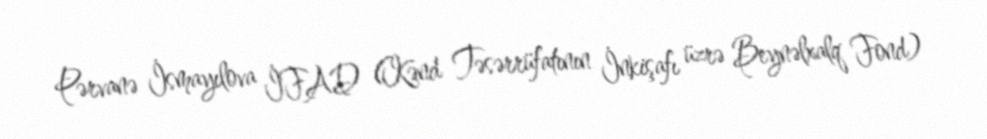
Pərvanə İsmayılova İFAD (Kənd Təsərrüfatının İnkişafı üzrə Beynəlxalq Fond)